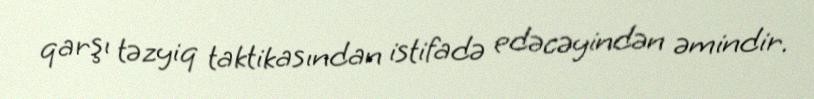
qarşı təzyiq taktikasından istifadə edəcəyindən əmindir.